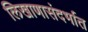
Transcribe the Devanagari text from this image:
लिखाणासंदर्भात